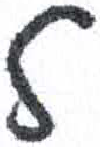
אות: ל